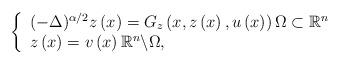
LaTeX: \begin{align*}\left\{\begin{array}[c]{l}(-\Delta)^{\alpha/2}z\left( x\right) =G_{z}\left( x,z\left( x\right),u\left( x\right) \right) \Omega\subset\mathbb{R}^{n}\\z\left( x\right) =v\left( x\right) \mathbb{R}^{n}\backslash\Omega,\end{array}\right. \end{align*}